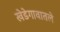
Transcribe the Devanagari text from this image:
खेडेगावातले